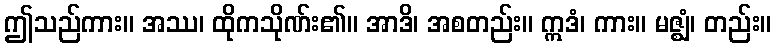
ဤသည်ကား။ အဿ၊ ထိုကသိုဏ်း၏။ အာဒိ၊ အစတည်း။ ဣဒံ၊ ကား။ မဇ္ဈံ၊ တည်း။